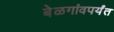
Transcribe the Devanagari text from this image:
बेळगांवपर्यंत